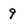
Character: 9